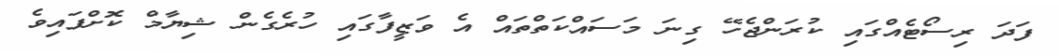
ފަދަ ރިސޯޓެއްގައި ކުރަންޖެހޭ ގިނަ މަސައްކަތްތައް އެ ވަޒީފާގައި ހުރެގެން ޝިޔާމް ކޮށްފައިވެ